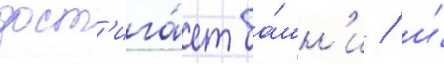
дост'ига́ет ба́шн'и / и́